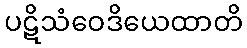
ပဋိသံဝေဒိယေထာတိ